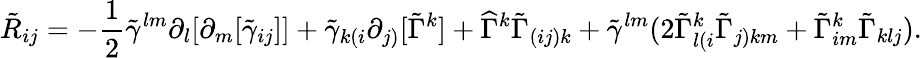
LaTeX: \tilde{R}_{ij}=-\frac{1}{2}\tilde{\gamma}^{lm}\partial_{l}[\partial_{m}[\tilde{\gamma}_{ij}]]+\tilde{\gamma}_{k(i}\partial_{j)}[\tilde{\Gamma}^{k}]+\widehat{\Gamma}^{k}\tilde{\Gamma}_{(ij)k}+\tilde{\gamma}^{lm}(2\tilde{\Gamma}^{k}_{l(i}\tilde{\Gamma}_{j)km}+\tilde{\Gamma}^{k}_{im}\tilde{\Gamma}_{klj}).